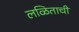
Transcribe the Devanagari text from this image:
लळिताची